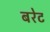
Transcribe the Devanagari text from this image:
बरेट